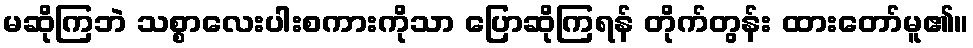
မဆိုကြဘဲ သစ္စာလေးပါးစကားကိုသာ ပြောဆိုကြရန် တိုက်တွန်း ထားတော်မူ၏။